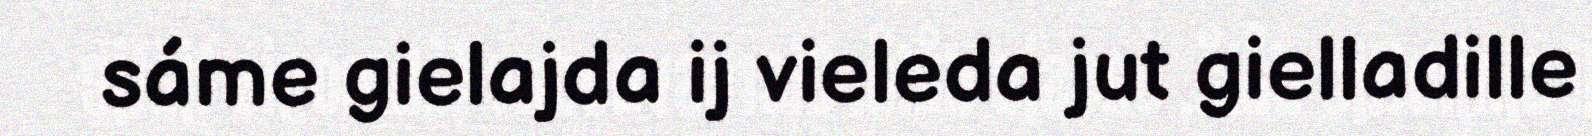
sáme gielajda ij vieleda jut gielladille